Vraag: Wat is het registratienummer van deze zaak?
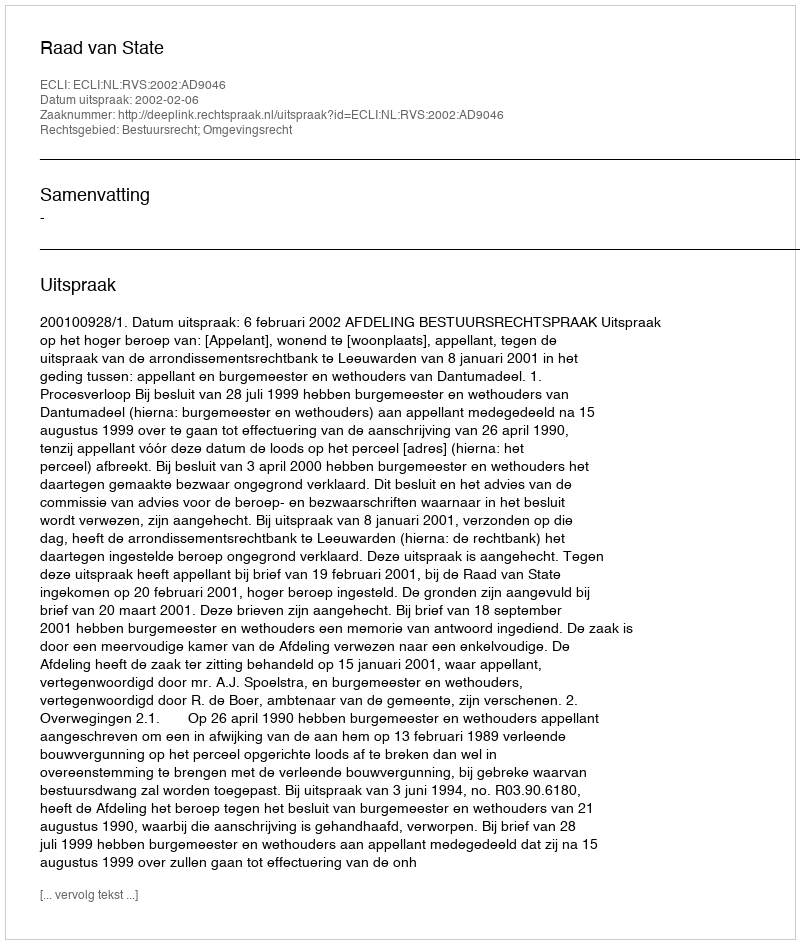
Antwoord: http://deeplink.rechtspraak.nl/uitspraak?id=ECLI:NL:RVS:2002:AD9046